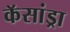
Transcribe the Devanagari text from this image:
कॅसांड्रा